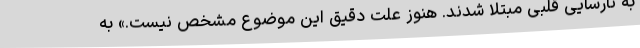
به نارسایی قلبی مبتلا شدند. هنوز علت دقیق این موضوع مشخص نیست.» به